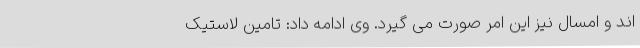
اند و امسال نیز این امر صورت می گیرد. وی ادامه داد: تامین لاستیک